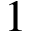
1